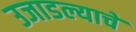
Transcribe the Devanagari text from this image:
उजाडल्याचे